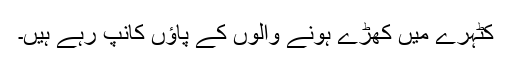
کٹہرے میں کھڑے ہونے والوں کے پاﺅں کانپ رہے ہیں۔